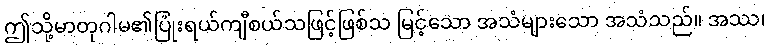
ဤသို့မာတုဂါမ၏ပြုံးရယ်ကျီစယ်သဖြင့်ဖြစ်သ မြင့်သော အသံများသော အသံသည်။ အဿ၊